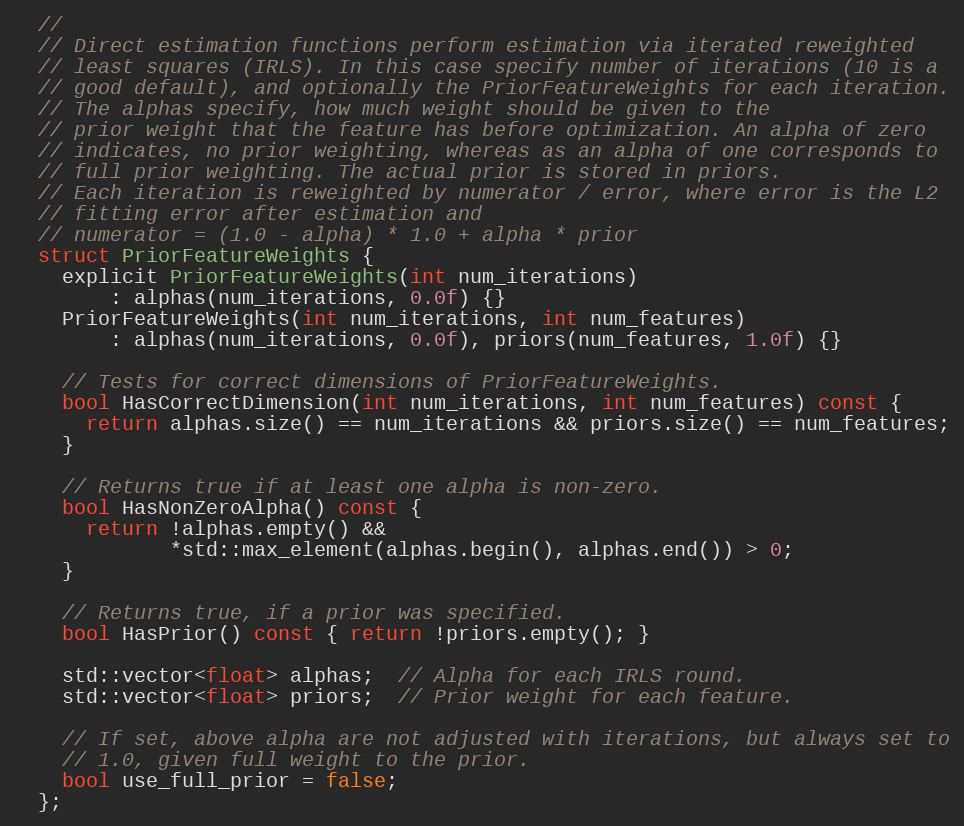
Language: C
  //
  // Direct estimation functions perform estimation via iterated reweighted
  // least squares (IRLS). In this case specify number of iterations (10 is a
  // good default), and optionally the PriorFeatureWeights for each iteration.
  // The alphas specify, how much weight should be given to the
  // prior weight that the feature has before optimization. An alpha of zero
  // indicates, no prior weighting, whereas as an alpha of one corresponds to
  // full prior weighting. The actual prior is stored in priors.
  // Each iteration is reweighted by numerator / error, where error is the L2
  // fitting error after estimation and
  // numerator = (1.0 - alpha) * 1.0 + alpha * prior
  struct PriorFeatureWeights {
    explicit PriorFeatureWeights(int num_iterations)
        : alphas(num_iterations, 0.0f) {}
    PriorFeatureWeights(int num_iterations, int num_features)
        : alphas(num_iterations, 0.0f), priors(num_features, 1.0f) {}

    // Tests for correct dimensions of PriorFeatureWeights.
    bool HasCorrectDimension(int num_iterations, int num_features) const {
      return alphas.size() == num_iterations && priors.size() == num_features;
    }

    // Returns true if at least one alpha is non-zero.
    bool HasNonZeroAlpha() const {
      return !alphas.empty() &&
             *std::max_element(alphas.begin(), alphas.end()) > 0;
    }

    // Returns true, if a prior was specified.
    bool HasPrior() const { return !priors.empty(); }

    std::vector<float> alphas;  // Alpha for each IRLS round.
    std::vector<float> priors;  // Prior weight for each feature.

    // If set, above alpha are not adjusted with iterations, but always set to
    // 1.0, given full weight to the prior.
    bool use_full_prior = false;
  };